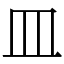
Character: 皿